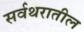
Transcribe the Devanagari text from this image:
सर्वथरातील